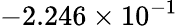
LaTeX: -2.246\times 10^{-1}